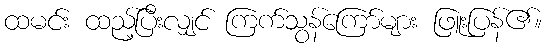
ထမင်း ထည့်ပြီးလျှင် ကြက်သွန်ကြော်များ ဖြူးပြန်၏။